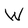
Character: W